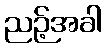
ညဉ့်အခါ